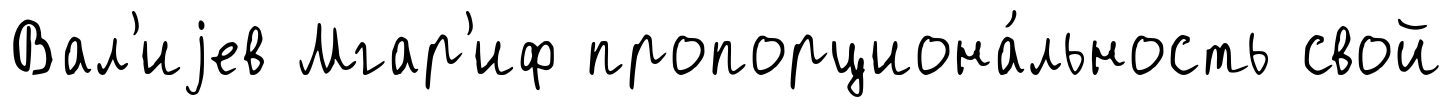
Вал'иjев Мгар'иф пропорциона́льность свой